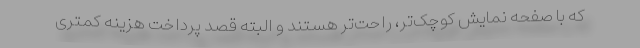
که با صفحه نمایش کوچک‌تر، راحت‌تر هستند و البته قصد پرداخت هزینه کمتری